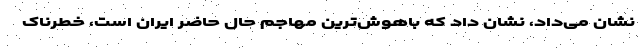
نشان می‌داد، نشان داد که باهوش‌ترین مهاجم حال حاضر ایران است، خطرناک